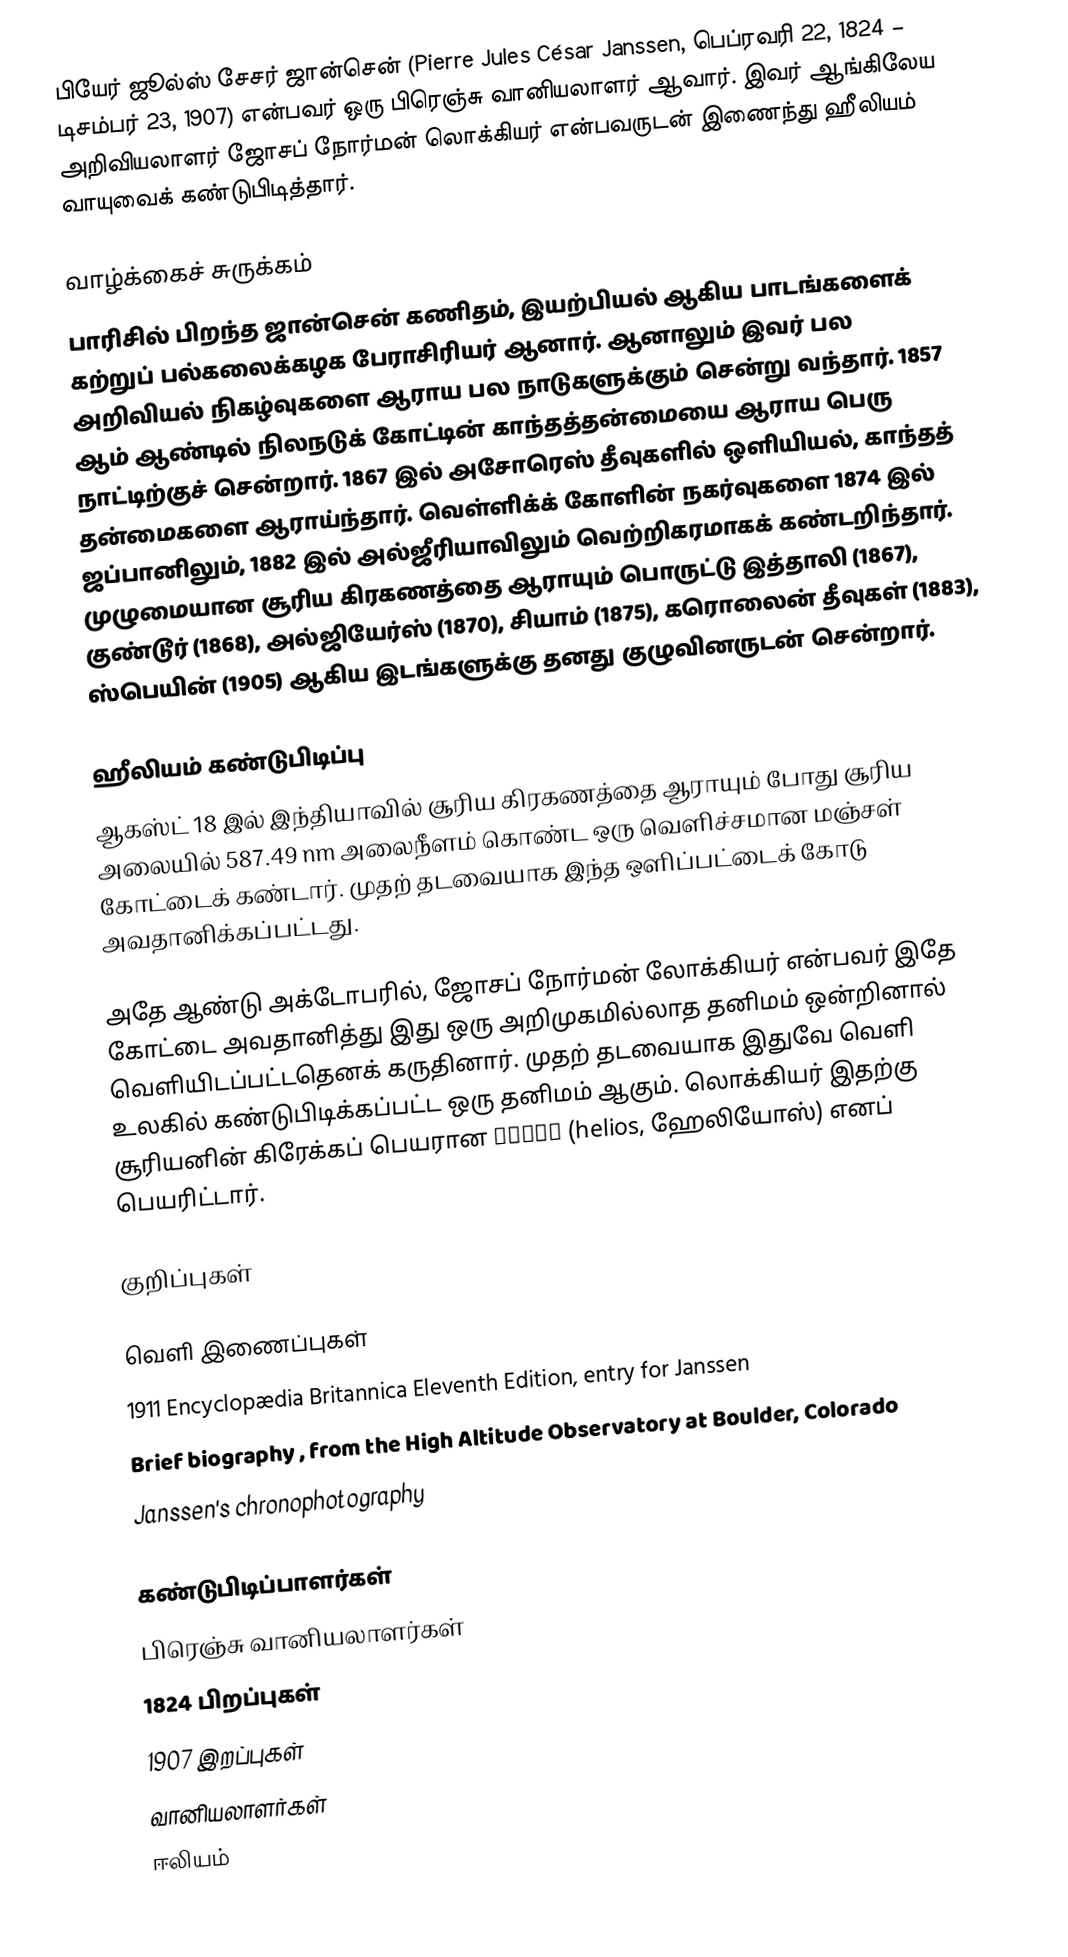
பியேர் ஜூல்ஸ் சேசர் ஜான்சென் (Pierre Jules César Janssen, பெப்ரவரி 22, 1824 – டிசம்பர் 23, 1907) என்பவர் ஒரு பிரெஞ்சு வானியலாளர் ஆவார். இவர் ஆங்கிலேய அறிவியலாளர் ஜோசப் நோர்மன் லொக்கியர் என்பவருடன் இணைந்து ஹீலியம் வாயுவைக் கண்டுபிடித்தார்.

வாழ்க்கைச் சுருக்கம்
பாரிசில் பிறந்த ஜான்சென் கணிதம், இயற்பியல் ஆகிய பாடங்களைக் கற்றுப் பல்கலைக்கழக பேராசிரியர் ஆனார். ஆனாலும் இவர் பல அறிவியல் நிகழ்வுகளை ஆராய பல நாடுகளுக்கும் சென்று வந்தார். 1857 ஆம் ஆண்டில் நிலநடுக் கோட்டின் காந்தத்தன்மையை ஆராய பெரு நாட்டிற்குச் சென்றார். 1867 இல் அசோரெஸ் தீவுகளில் ஒளியியல், காந்தத் தன்மைகளை ஆராய்ந்தார். வெள்ளிக்க் கோளின் நகர்வுகளை 1874 இல் ஜப்பானிலும், 1882 இல் அல்ஜீரியாவிலும் வெற்றிகரமாகக் கண்டறிந்தார். முழுமையான சூரிய கிரகணத்தை ஆராயும் பொருட்டு இத்தாலி (1867), குண்டூர் (1868), அல்ஜியேர்ஸ் (1870), சியாம் (1875), கரொலைன் தீவுகள் (1883), ஸ்பெயின் (1905) ஆகிய இடங்களுக்கு தனது குழுவினருடன் சென்றார்.

ஹீலியம் கண்டுபிடிப்பு
ஆகஸ்ட் 18 இல் இந்தியாவில் சூரிய கிரகணத்தை ஆராயும் போது சூரிய அலையில் 587.49 nm அலைநீளம் கொண்ட ஒரு வெளிச்சமான மஞ்சள் கோட்டைக் கண்டார். முதற் தடவையாக இந்த ஒளிப்பட்டைக் கோடு அவதானிக்கப்பட்டது.

அதே ஆண்டு அக்டோபரில், ஜோசப் நோர்மன் லோக்கியர் என்பவர் இதே கோட்டை அவதானித்து இது ஒரு அறிமுகமில்லாத தனிமம் ஒன்றினால் வெளியிடப்பட்டதெனக் கருதினார். முதற் தடவையாக இதுவே வெளி உலகில் கண்டுபிடிக்கப்பட்ட ஒரு தனிமம் ஆகும். லொக்கியர் இதற்கு சூரியனின் கிரேக்கப் பெயரான ἥλιος (helios, ஹேலியோஸ்) எனப் பெயரிட்டார்.

குறிப்புகள்

வெளி இணைப்புகள்
 1911 Encyclopædia Britannica Eleventh Edition, entry for Janssen
 Brief biography , from the High Altitude Observatory at Boulder, Colorado
 Janssen's chronophotography

கண்டுபிடிப்பாளர்கள்
பிரெஞ்சு வானியலாளர்கள்
1824 பிறப்புகள்
1907 இறப்புகள்
வானியலாளர்கள்
ஈலியம்